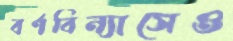
বর্ণবিন্যাসেও